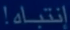
إنتباه!